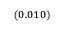
_ { ( 0 . 0 1 0 ) }